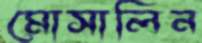
মোসালিন